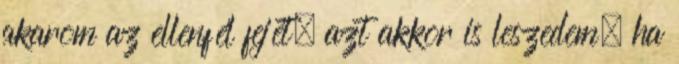
akarom az ellenfél fejét, azt akkor is leszedem, ha